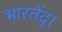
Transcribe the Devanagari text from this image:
भारतेंदु।